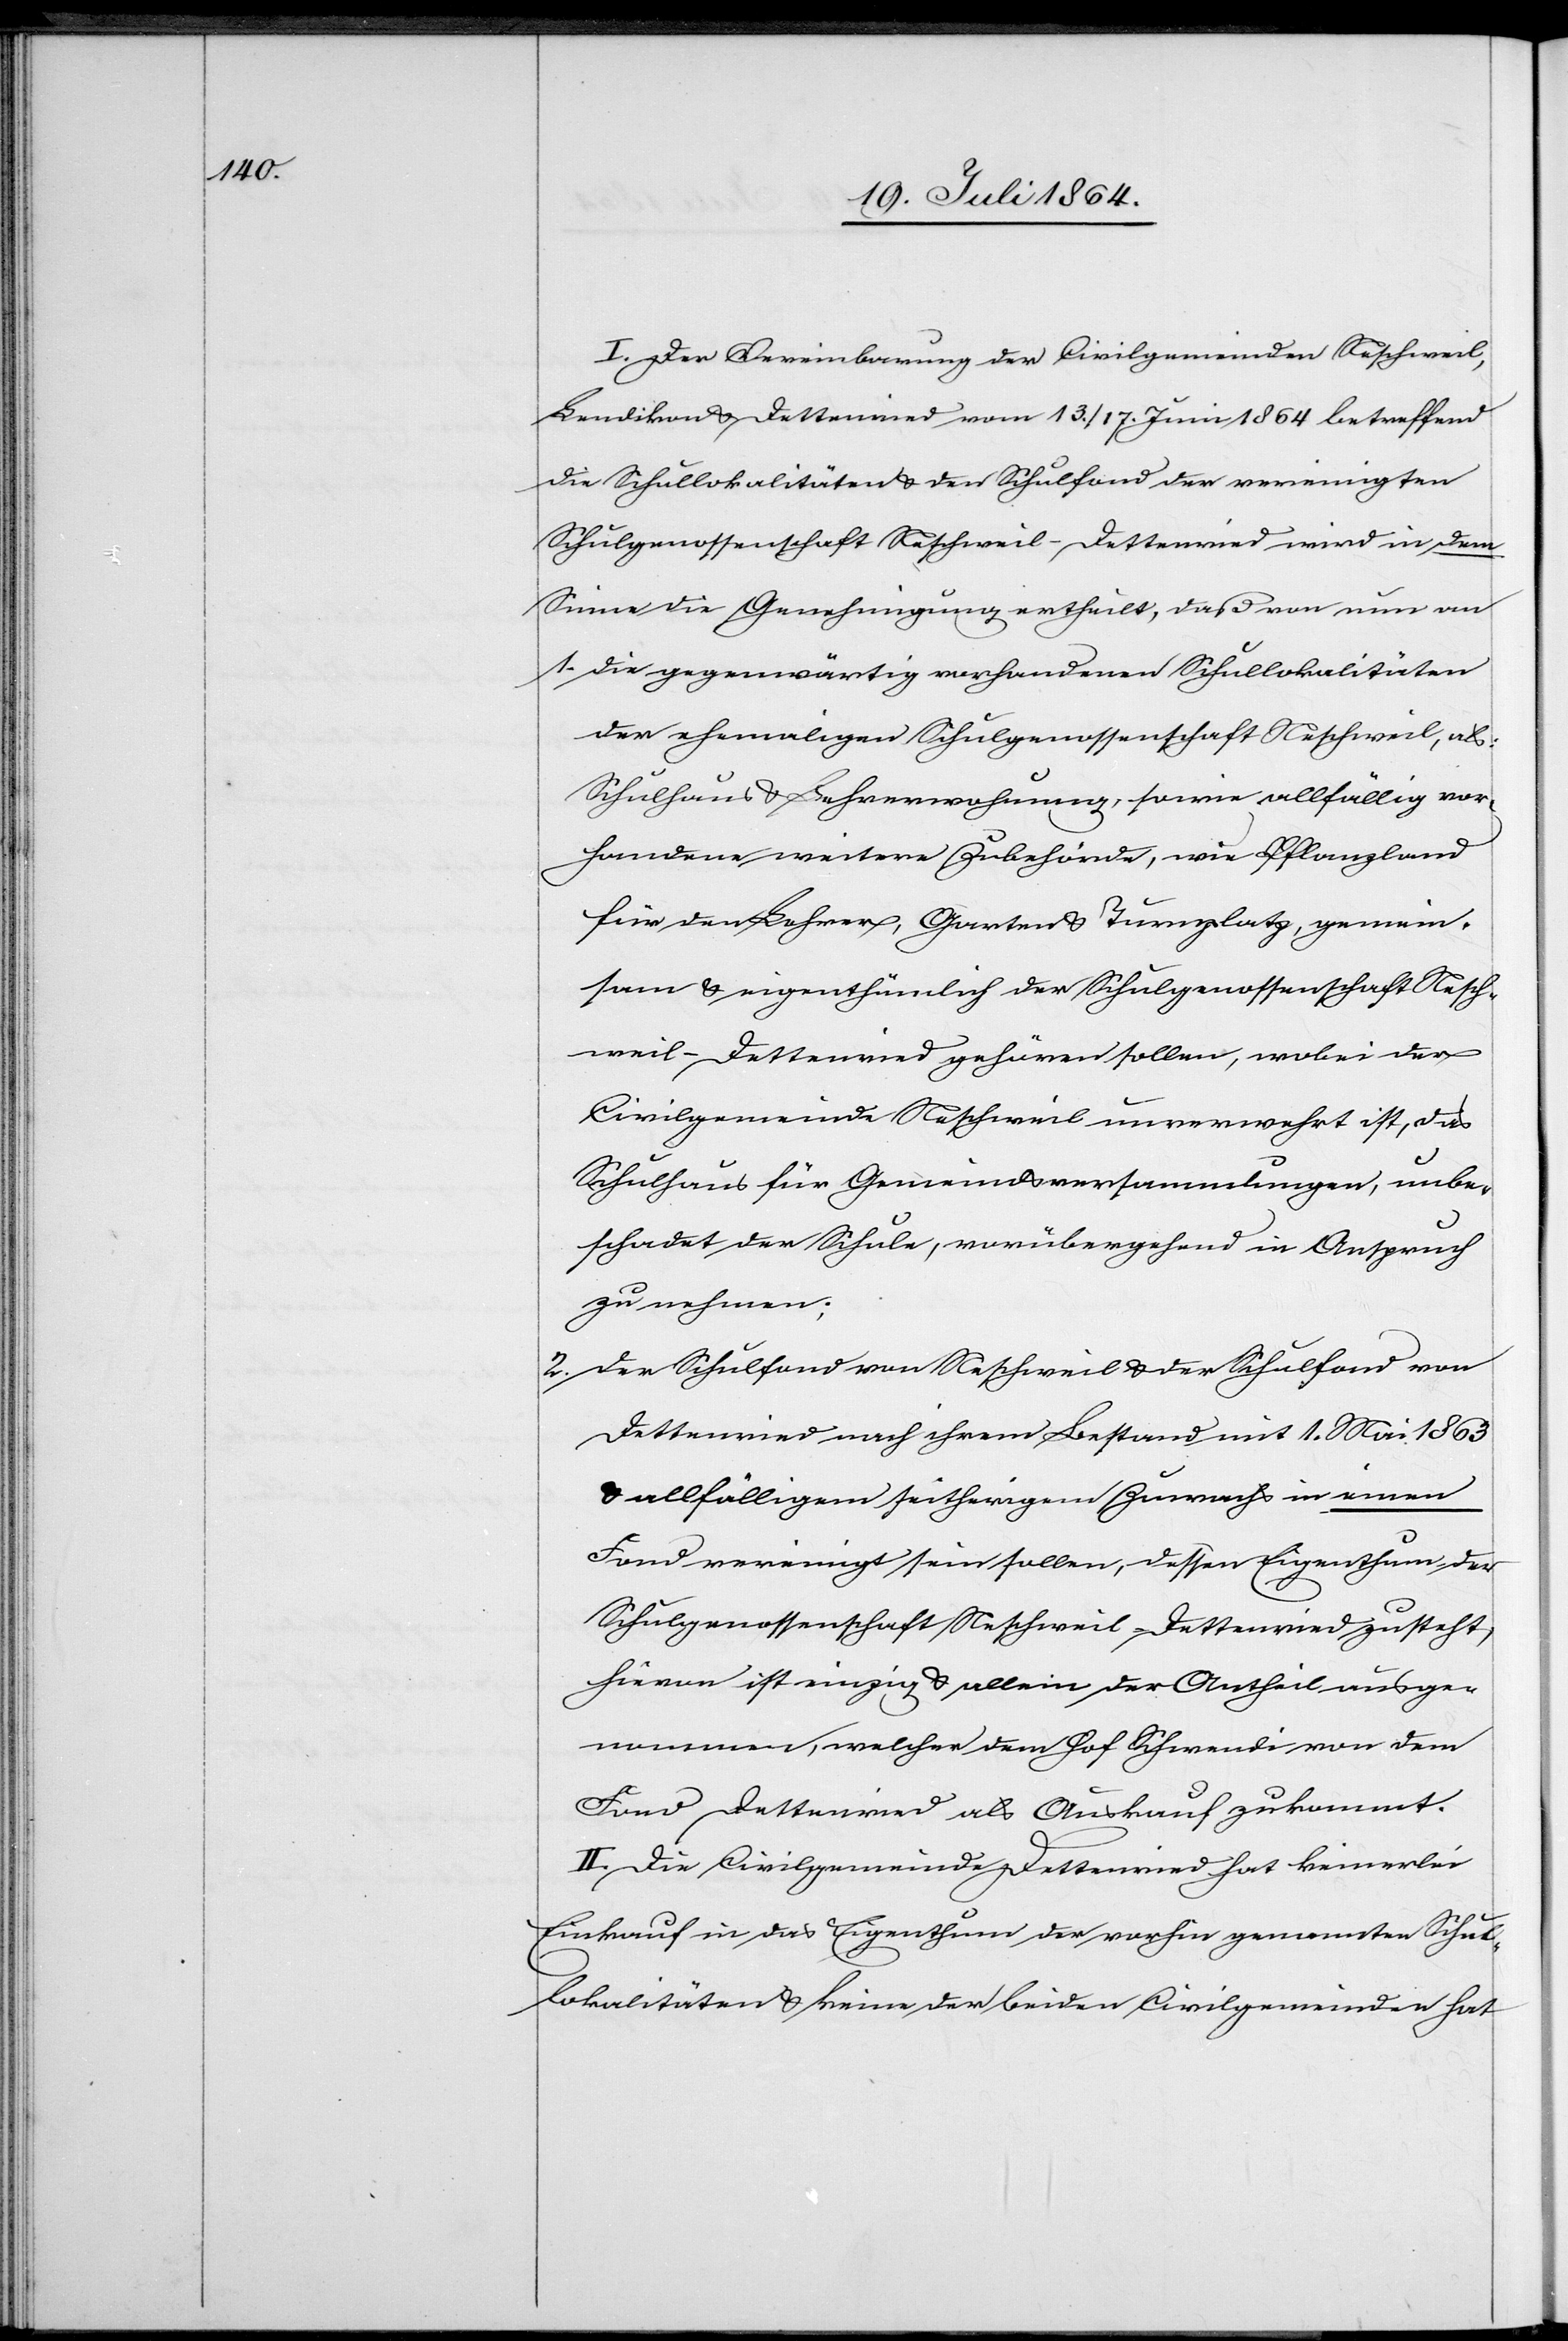
I. Der Vereinbarung der Civilgemeinden Neschweil,
Lendikon u. Dettenried vom 13./17. Juni 1864 betreffend
die Schullokalitäten u. den Schulfond der vereinigten
Schulgenossenschaft Neschweil-Dettenried wird in dem
Sinne die Genehmigung ertheilt, daß von nun an
1. die gegenwärtig vorhandenen Schullokalitäten
der ehemaligen Schulgenossenschaft Neschweil, als:
Schulhaus u. Lehrerwohnung, sowie allfällig vor¬
handene weitere Zubehörde, wie Pflanzland,
für den Lehrer, Garten u. Turnplatz, gemein¬
sam u. eigenthümlich der Schulgenossenschaft Nesch¬
weil-Dettenried gehören sollen, wobei der
Civilgemeinde Neschweil unverwehrt ist, das
Schulhaus für Gemeindsversammlungen, unbe¬
schadet der Schule, vorübergehend in Anspruch
zu nehmen;
2. Der Schulfond von Neschweil u. der Schulfond von
Dettenried nach ihrem Bestand mit 1. Mai 1863
u.
allfälligem seitherigem Zuwachs in einen
Fond vereinigt sein sollen, dessen Eigenthum der
Schulgenossenschaft Neschweil-Dettenried zusteht,
hievon ist einzig u. allein der Antheil ausge¬
nommen, welcher dem Hof Schwendi von dem
Fond Dettenried als Auskauf zukommt.
II. Die Civilgemeinde Dettenried hat keinerlei
Einkauf in das Eigenthum der vorhin genannten Schul¬
lokalitäten u. keine der beiden Civilgemeinden hat